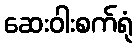
ဆေးဝါးစက်ရုံ